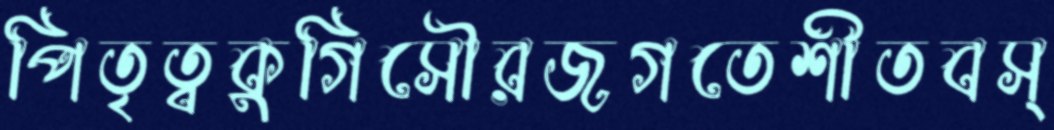
পিতৃত্বকুগিসৌরজগতেশীতবস্